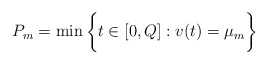
\begin{align*}P_m = \min \bigg\{ t \in [0,Q] : v(t)= \mu_m \bigg\}\end{align*}